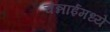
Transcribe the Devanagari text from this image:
चेन्नाईमध्ये